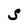
Character: S